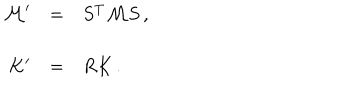
LaTeX: \begin{array} { r c l } { { { \cal M } ^ { \prime } } } & { { = } } & { { S ^ { T } { \cal M } S \, , } } \\ { { } } & { { } } & { { } } \\ { { K ^ { \prime } } } & { { = } } & { { R K \, . } } \\ \end{array}